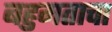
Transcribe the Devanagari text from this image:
बहुमताचा